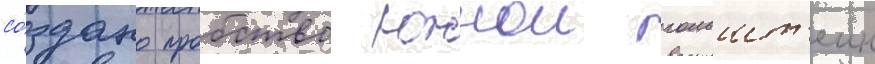
со́здано пробство южнои гольшт'еин